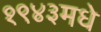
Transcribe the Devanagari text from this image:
१९४३मधे